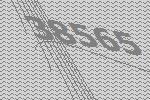
38565